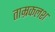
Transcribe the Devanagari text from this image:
ताम्रकलश